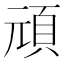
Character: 頑